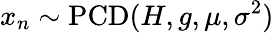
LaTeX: x_{n}\sim\operatorname{PCD}(H,g,\mu,\sigma^{2})